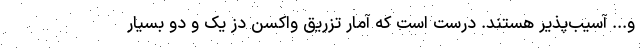
و... آسیب‌پذیر هستند. درست است که آمار تزریق واکسن دز یک و دو بسیار